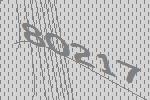
80217